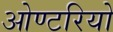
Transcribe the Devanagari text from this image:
ओण्टरियो